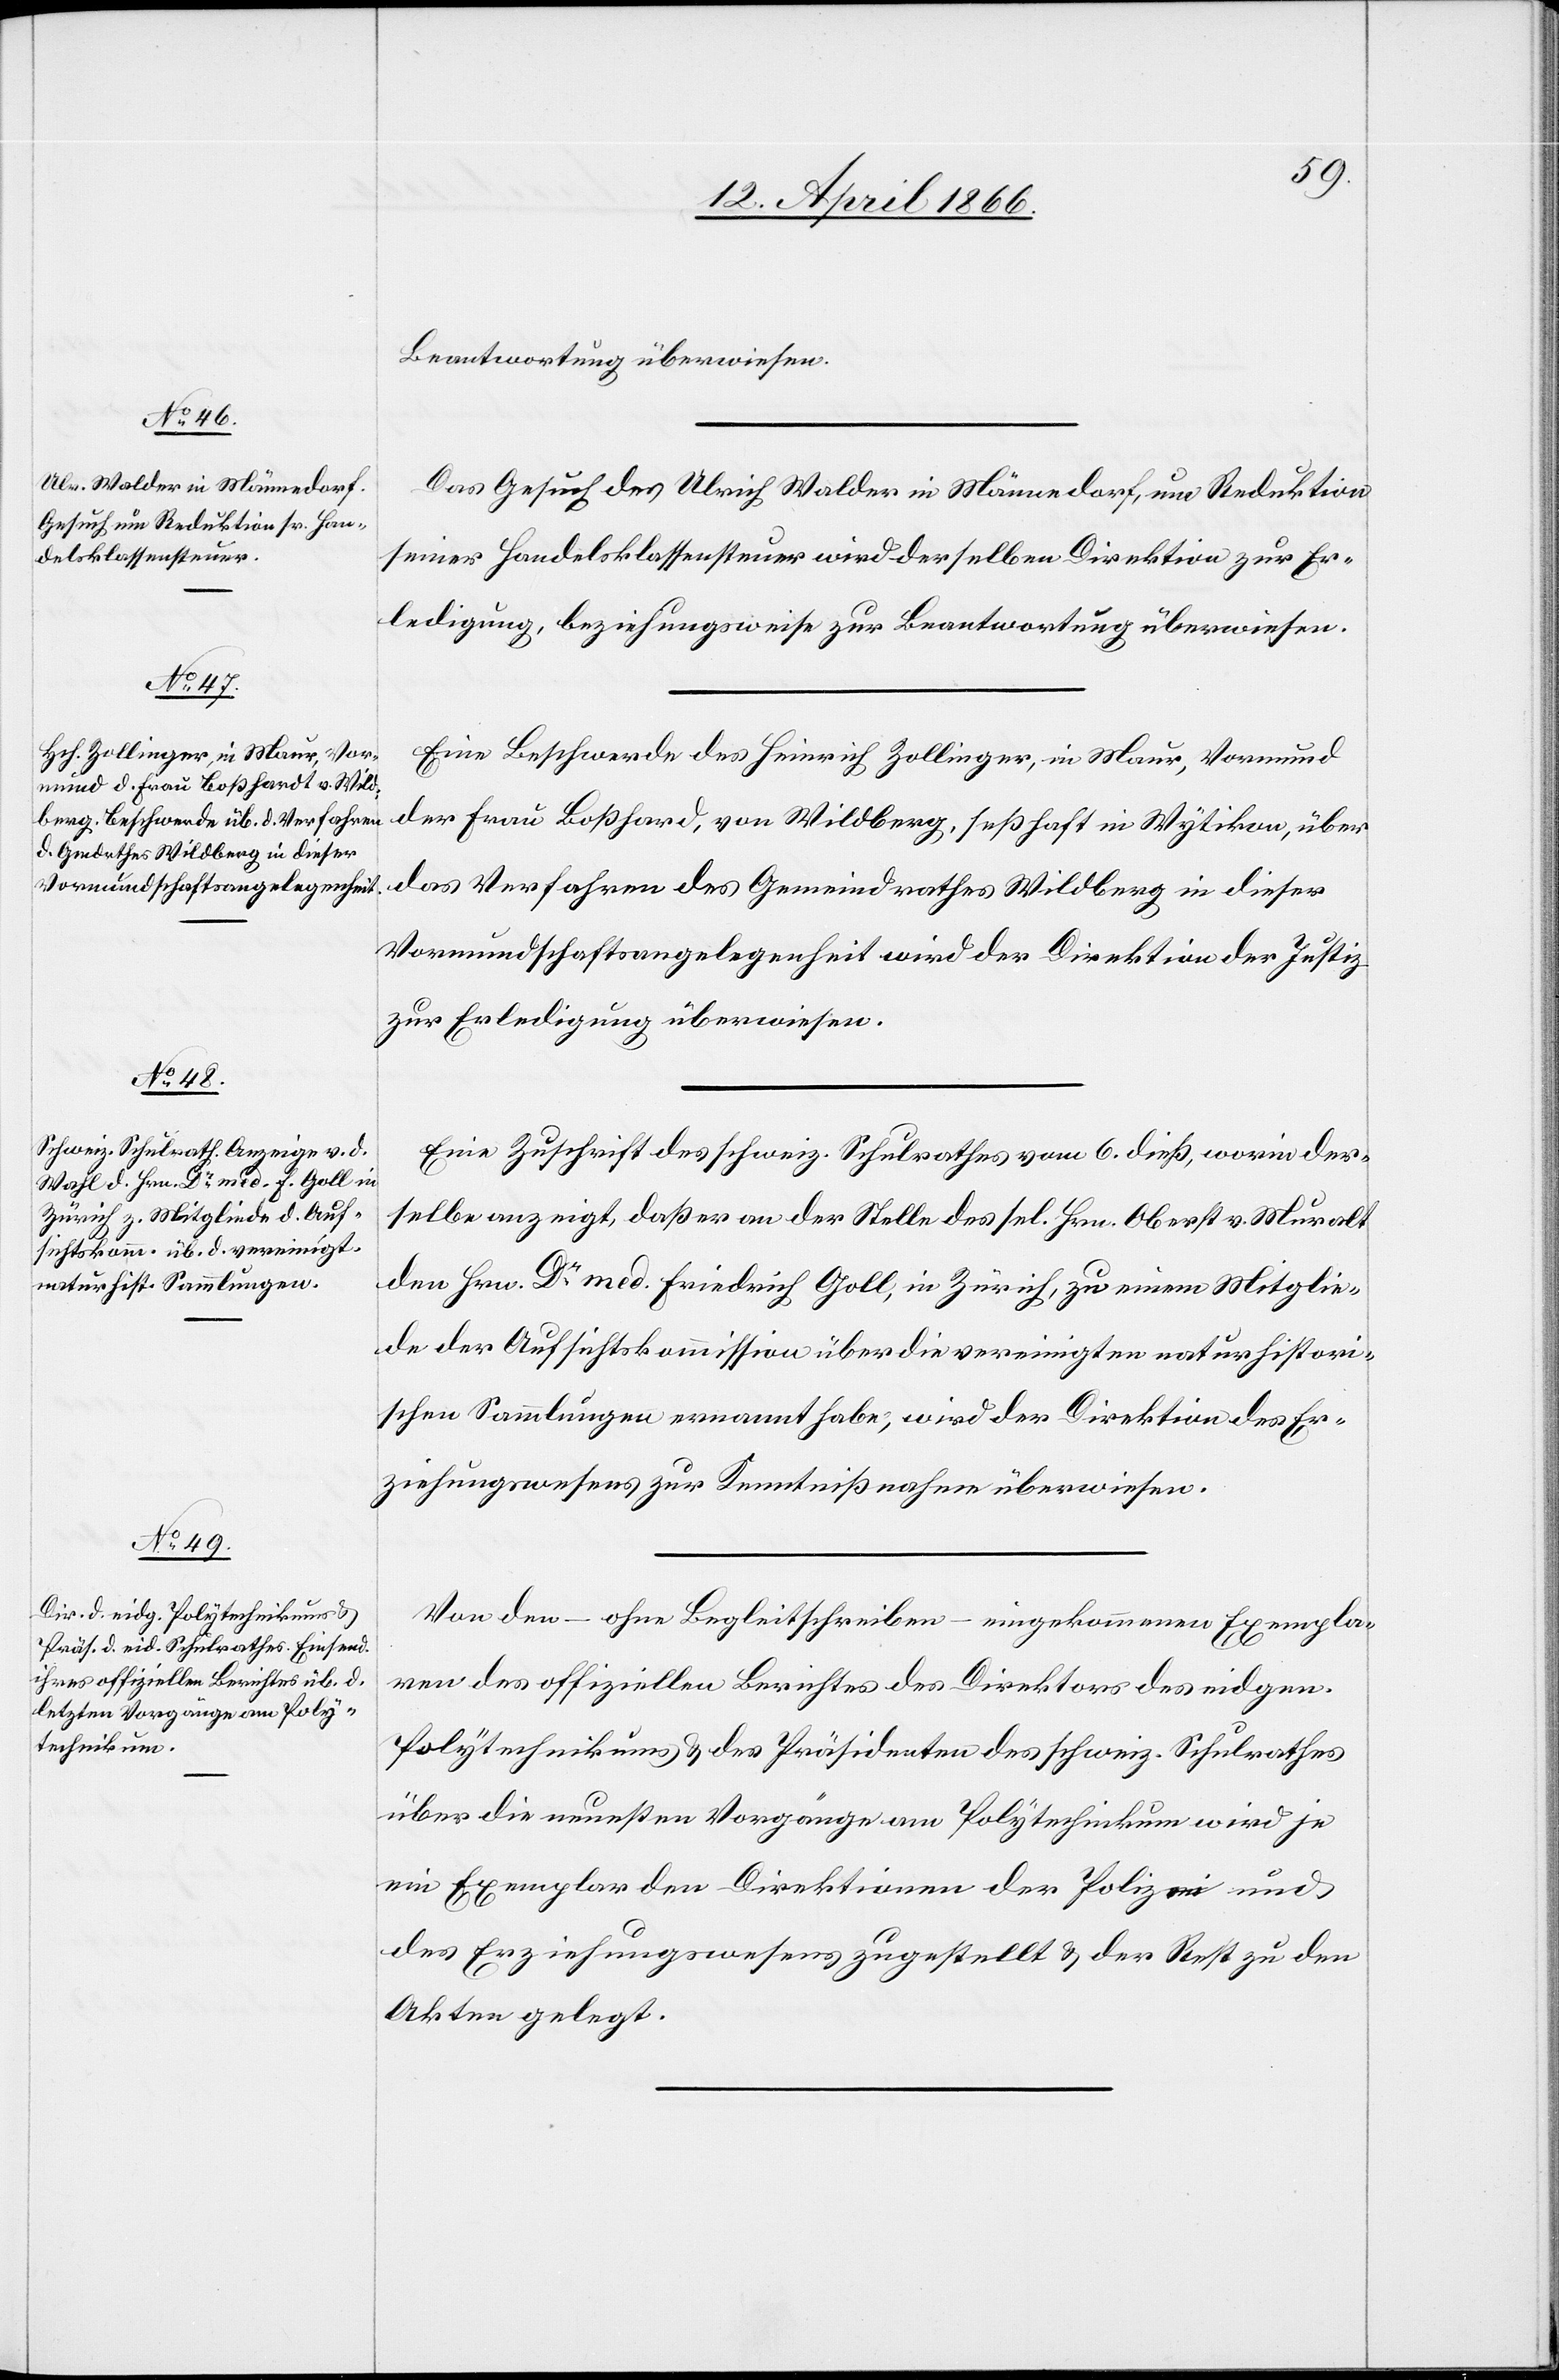
Beantwortung überwiesen.
Das Gesuch des Ulrich Walder in Männedorf, um Reduktion
seiner Handelsklassensteuer wird derselben Direktion zur Er¬
ledigung, beziehungsweise zur Beantwortung überwiesen.
Eine Beschwerde des Heinrich Zollinger, in Maur, Vormund
das Verfahren des Gemeindrathes Wildberg in dieser
Vormundschaftsangelegenheit wird der Direktion der Justiz
zur Erledigung überwiesen.
Eine Zuschrift des schweiz. Schulrathes vom 6. dieß, worin der¬
selbe anzeigt, daß er an der Stelle des Hrn. Oberst v. Muralt
den Hrn Dr. med. Friedrich Goll, in Zürich, zu einem Mitglie¬
de der Aufsichtskommission über die vereinigten naturhistori¬
schen Sammlungen ernannt habe, wird der Direktion des Er¬
ziehungswesens zur Kenntnißnahme überwiesen.
Von den – ohne Begleitschreiben – eingekommenen Exempla¬
ren des offiziellen Berichtes des Direktors des eidgen.
Polytechnikums u. der Präsidenten des schweiz. Schulrathes
über die neuesten Vorgänge am Polytechnikum wird je
ein Exemplar den Direktionen der Polizei und
des Erziehungswesens zugestellt u. der Rest zu den
Akten gelegt.